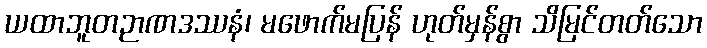
ယထာဘူတဉာဏဒဿနံ၊ မဖောက်မပြန် ဟုတ်မှန်စွာ သိမြင်တတ်သော